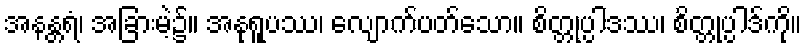
အနန္တရံ၊ အခြားမဲ့၌။ အနုရူပဿ၊ လျောက်ပတ်သော။ စိတ္တုပ္ပါဒဿ၊ စိတ္တုပ္ပါဒ်ကို။